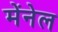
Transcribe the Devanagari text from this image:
मेंनेल